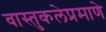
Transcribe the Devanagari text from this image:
वास्तुकलेप्रमाणे